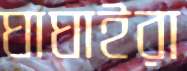
ঘাঘাইরা